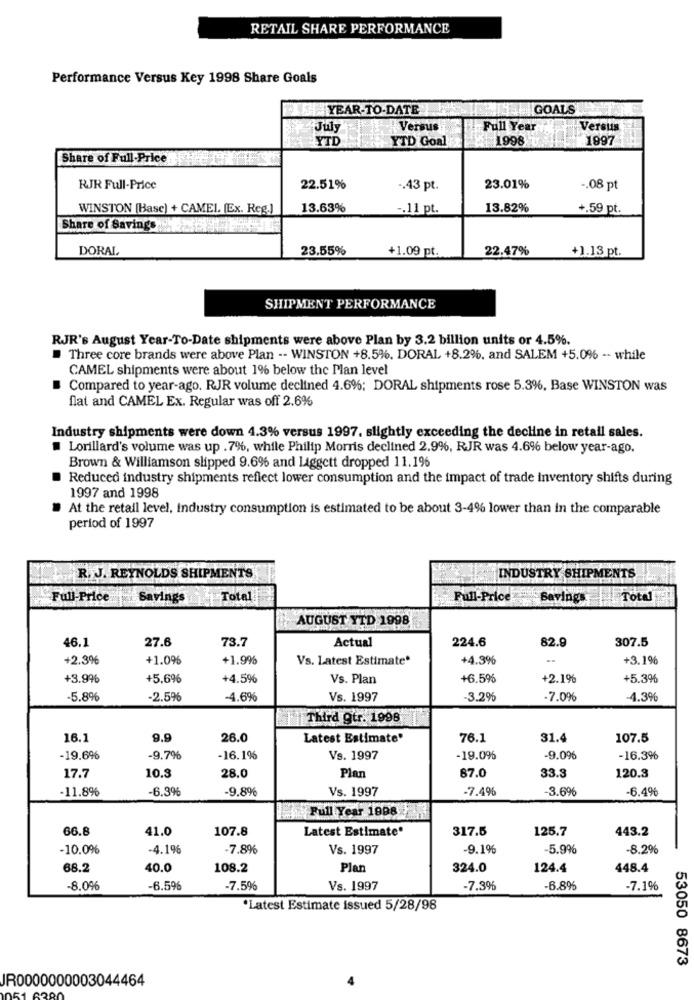
RETAIL SHARE PERFORMANCE
Performance Versus Key 1998 Share Goals
YEAR-TO-DATE
GOALS
July
Versus
Full Year
Versus
YID
YTD Goal
1998
1997
Share of Full Price
RJR Full-Price
22.51%
-. 43 pt.
23.01%
-. 08 pt
WINSTON (Base) + CAMEL. (Ex. Reg.]
13.63%
-. 11 pt.
13.82%
+.59 pt.
Share of Saving ..
DORAL
23.55%
+1.09 pt.
22.47%
+1.13 pt.
SHIPMENT PERFORMANCE
RJR's August Year-To-Date shipments were above Plan by 3.2 billion units or 4.5%.
Three core brands were above Plan -- WINSTON +8.5%. DORAL +8.2%, and SALEM +5.0% -- while
CAMEL shipments were about 1% below the Plan level
Compared to year-ago. RJR volume declined 4.6%; DORAL shipments rose 5.3%, Base WINSTON was
flat and CAMEL Ex. Regular was off 2.6%
Industry shipments were down 4.3% versus 1997. slightly exceeding the decline in retail sales.
Lorillard's volume was up . 7%, while Philip Morris declined 2.9%, RJR was 4.6% below year-ago.
Brown & Williamson slipped 9.6% and Liggett dropped 11.196
Reduced industry shipments reflect lower consumption and the impact of trade inventory shifts during
1997 and 1998
At the retail level, industry consumption is estimated to be about 3-4% lower than in the comparable
period of 1997
R. J. REYNOLDS SHIPMENTS
INDUSTRY SHIPMENTS
Full-Price
Savings
Total:
Full-Price
Savings Total
AUGUST YTD 1998
46.1
27.6
73.7
Actual
224.6
82.9
307.5
+2.3%
+1.096
+1.99%
Vs. Latest Estimate*
+4.3%
+3.1%
+3.996
+5.6%
+4.5%
Vs. Plan
+6.5%
+2.19%
+5.3%
-5.8%
-2.596
-4.6%
Vs. 1997
-3.2%
-7.0%
-4.3%
Third gtr. 1998
16.1
9.9
26.0
Latest Estimate'
76.1
31.4
107.5
-19.6%
-9.7%
-16.1%
Vs. 1997
-19.0%
-9.0€
-16.3%
17.7
10.3
28.0
Plan
87.0
33.3
120.3
-11.8%
-6.3%
-9.8%
Vs. 1997
-7.49%
-3.6%
-6.4%
Full Year 1998
66.8
41.0
107.8
Latest Estimate'
317.5
125.7
443.2
-10.0%
-4.1%
-7.8%
Vs. 1997
-9.1%
5.9%
-8.2%
68.2
40.0
108.2
Plan
324.0
124.4
448.4
-8.0%
-6.596
-7.59%
Vs. 1997
-7.3%
-6.8%
-7.1%
*Latest Estimate issued 5/28/98
53050 8673
JR0000000003044464